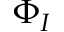
\Phi _ { I }